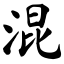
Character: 混